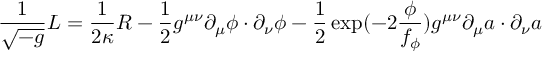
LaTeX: \frac { 1 } { \sqrt { - g } } { \cal L } = \frac { 1 } { 2 \kappa } R - \frac { 1 } { 2 } g ^ { \mu \nu } \partial _ { \mu } \phi \cdot \partial _ { \nu } \phi - \frac { 1 } { 2 } \exp ( - 2 \frac { \phi } { f _ { \phi } } ) g ^ { \mu \nu } \partial _ { \mu } a \cdot \partial _ { \nu } a